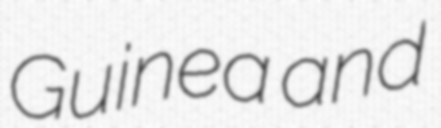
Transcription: Guinea and